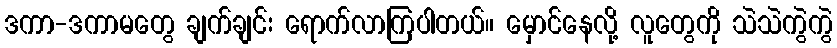
ဒကာ-ဒကာမတွေ ချက်ချင်း ရောက်လာကြပါတယ်။ မှောင်နေလို့ လူတွေကို သဲသဲကွဲကွဲ